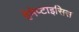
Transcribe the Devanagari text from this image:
हेमेप्टाइसिस